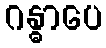
ဂန္ဓာပေ